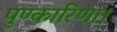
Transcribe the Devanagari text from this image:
पुण्कारिणा।